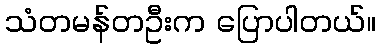
သံတမန်တဦးက ပြောပါတယ်။